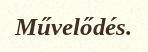
Művelődés.